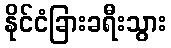
နိုင်ငံခြားခရီးသွား